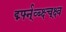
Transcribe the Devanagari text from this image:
र्द्म्फ्न्व्ब्क्ष्च्क्ष्व